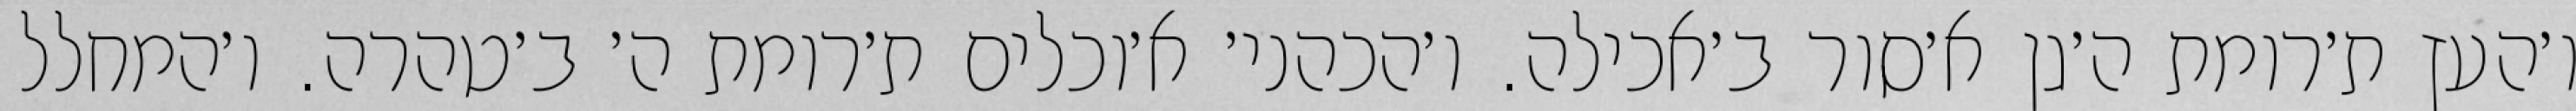
ו׳העץ ת׳רומת ה׳גן א׳סור ב׳אכילה. ו׳הכהני׳ א׳וכלים ת׳רומת ה׳ ב׳טהרה. ו׳המחלל